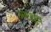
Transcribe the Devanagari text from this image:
अष्टध्रुव